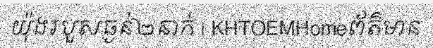
យ៉ុងរបួសធ្ងន់២នាក់ | KHTOEMHomeព័ត៌មាន